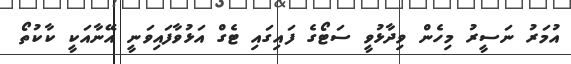
އުމަރު ނަސީރު މިހެން ވިދާޅުވީ ސަޓޯގެ ފައިގައި ޓެގް އަޅުވާފައިވަނީ އޭނާއަކީ ކާކުތޯ